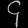
Digit: ၄